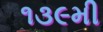
૧૩૯મી